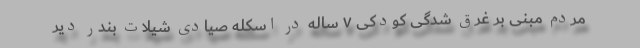
مردم مبنی بر غرق شدگی کودکی ۷ ساله در اسکله صیادی شیلات بندر دیر